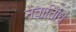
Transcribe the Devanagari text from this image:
नवातिथि